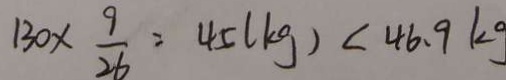
1 3 0 \times \frac { 9 } { 2 6 } = 4 5 ( k g ) < 4 6 . 9 k g